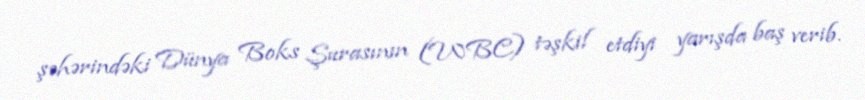
şəhərindəki Dünya Boks Şurasının (WBC) təşkil etdiyi yarışda baş verib.